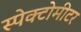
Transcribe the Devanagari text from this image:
स्पेक्टोमीटर